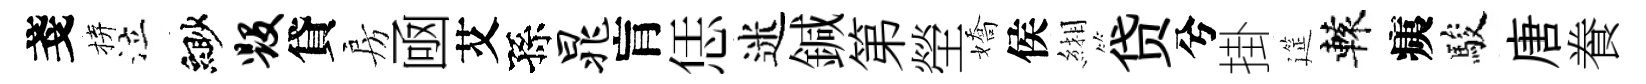
戔拚泣緲毁貸房凾艾孫晁肓恁迷鍼第塋嬌侯緗贷兮掛筵轅痍駿唐飬